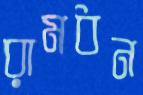
রামধন